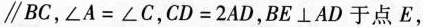
\parallel BC，$$∠ A = ∠ C$$，$$C D = 2 A D$$，BE\bot AD于点E，